Report of the Municipal Commissioner on the plague in Bombay for the year ending 31st May... - Volume 3
Disease focus: Plague
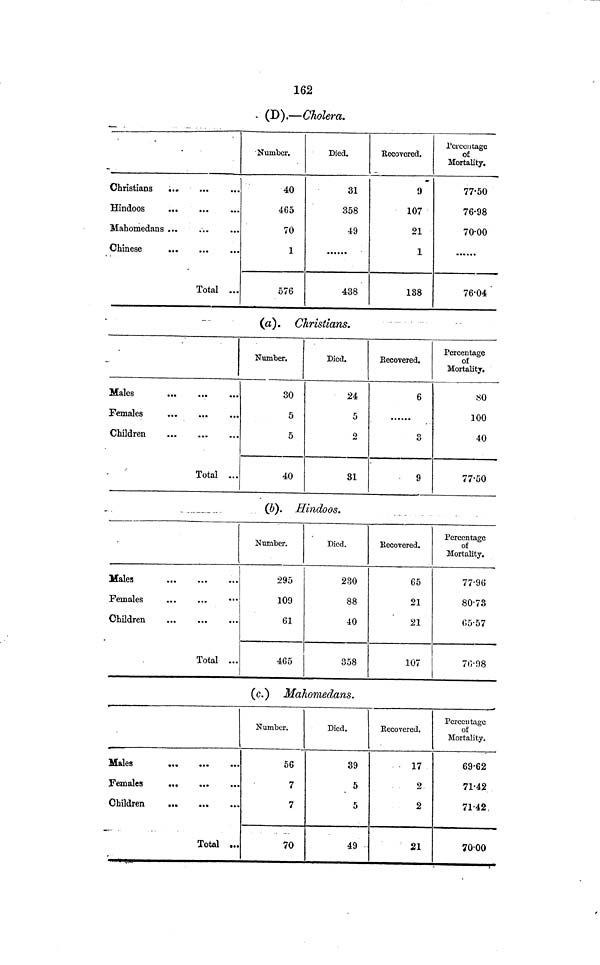
162
(D).—Cholera.
Christians
Hindoos
Mahomedans
Chinese
Total ...
•Number.
40
465
70
1
576
Died.
31
358
49
438
Recovcred.
9
107
21
1
188
Percentage
of
Mortality.
77·50
76·98
70·00
76·04
(a). Christians.
Males
Females
Children
Total ...
Number.
30
5
5
40
Died.
24
5
2
31
Recovered.
6
3
9
Percentage
of
Mortality.
80
100
40
77·50
(b). Hindoos.
Males
Females
Children
Total ...
Number.
295
109
61
465
Died.
230
88
40
358
Recovered.
65
21
21
107
Percentage
of
Mortality.
77·96
80·73
05·57
76·98
(c.) Mahomedans.
Males
...
...
Females
Children
Total
Number.
56
7
7
70
Died.
39
5
5
49
Recovered.
17
2
2
21
Percentage
of
Mortality.
69·62
71·42
71·42,
70·00